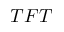
T F T